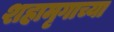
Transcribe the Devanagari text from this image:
शहामृगाच्या